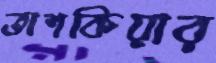
তাশকিয়ার